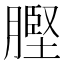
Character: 𮌲